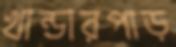
খান্ডারপাড়